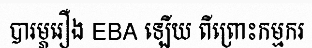
បារម្ភរឿង EBA ឡើយ ពីព្រោះកម្មករ